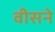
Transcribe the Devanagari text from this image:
वीसने